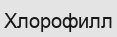
Хлорофилл